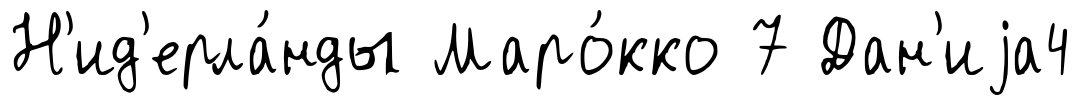
Н'ид'ерла́нды Маро́кко 7 Дан'иjа4